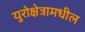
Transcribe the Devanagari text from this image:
युरोक्षेत्रामधील